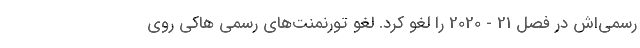
رسمی‌اش در فصل 21 - 2020 را لغو کرد. لغو تورنمنت‌های رسمی هاکی روی